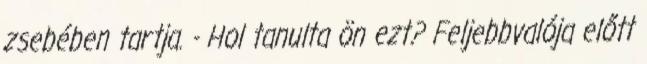
zsebében tartja. - Hol tanulta ön ezt? Feljebbvalója előtt